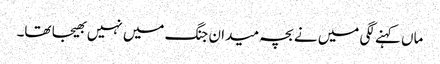
ماں کہنے لگی میں نے بچہ میدان جنگ میں نہیں بھیجا تھا۔